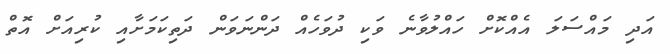
އަދި މައްސަލަ އެއްކޮށް ހައްލުވާނެ ވަކި ދުވަހެއް ދަންނަވަން ދަތިކަމަށާއި ކުރިއަށް އޮތް